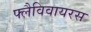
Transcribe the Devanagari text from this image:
फ्लैविवायरस